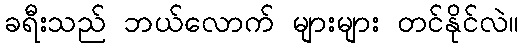
ခရီးသည် ဘယ်လောက် များများ တင်နိုင်လဲ။